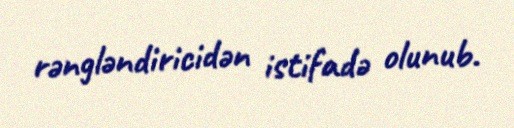
rəngləndiricidən istifadə olunub.